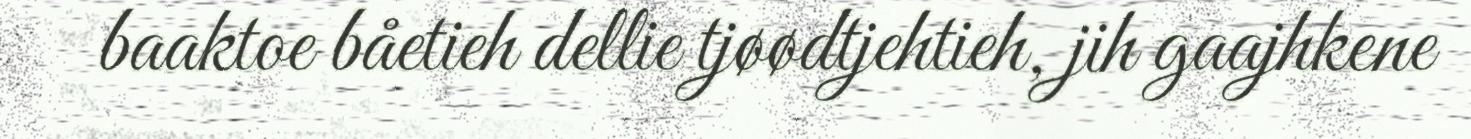
baaktoe båetieh dellie tjøødtjehtieh, jih gaajhkene